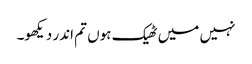
نہیں میں ٹھیک ہوں تم اندر دیکھو۔